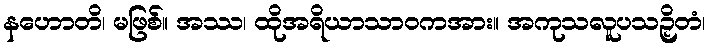
နဟောတိ၊ မဖြစ်။ အဿ၊ ထိုအရိယာသာဝကအား။ အကုသလူပသဉှိတံ၊